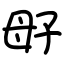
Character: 㝀